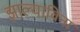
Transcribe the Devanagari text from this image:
झाल्याविना